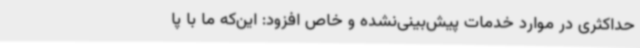
حداکثری در موارد خدمات پیش‌بینی‌نشده و خاص افزود: این‌که ما با پا